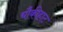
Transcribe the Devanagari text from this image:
चौकीहाट